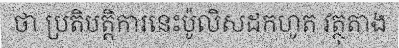
ថា ប្រតិបត្តិការនេះប៉ូលិសដកហូត វត្ថុតាង